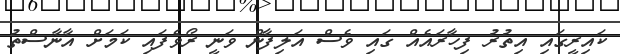
ކައިރީގައި އިތުރު ފިހާރައެއް ގައި ވެސް އަލިފާން ވަނީ ރޯވެފައި ކަމަށް އާނާސްތު